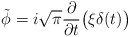
\begin{align*}\tilde\phi=i\sqrt\pi{\partial\over\partial t}\bigl(\xi\delta(t)\bigr)\end{align*}